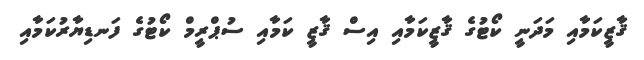
ޤާޒީކަމާއި މަދަނީ ކޯޓުގެ ޤާޒީކަމާއި އިސް ޤާޒީ ކަމާއި ސުޕްރީމް ކޯޓުގެ ފަނޑިޔާރުކަމާއި